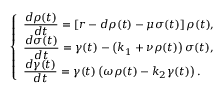
\left\{ \begin{array} { l l } { \displaystyle \frac { d \rho ( t ) } { d t } = \left[ r - d \rho ( t ) - \mu \sigma ( t ) \right] \rho ( t ) , } & \\ { \displaystyle \frac { d \sigma ( t ) } { d t } = \gamma ( t ) - \left( k _ { 1 } + \nu \rho ( t ) \right) \sigma ( t ) , } & \\ { \displaystyle \frac { d \gamma ( t ) } { d t } = \gamma ( t ) \left( \omega \rho ( t ) - k _ { 2 } \gamma ( t ) \right) . } \end{array} \right.